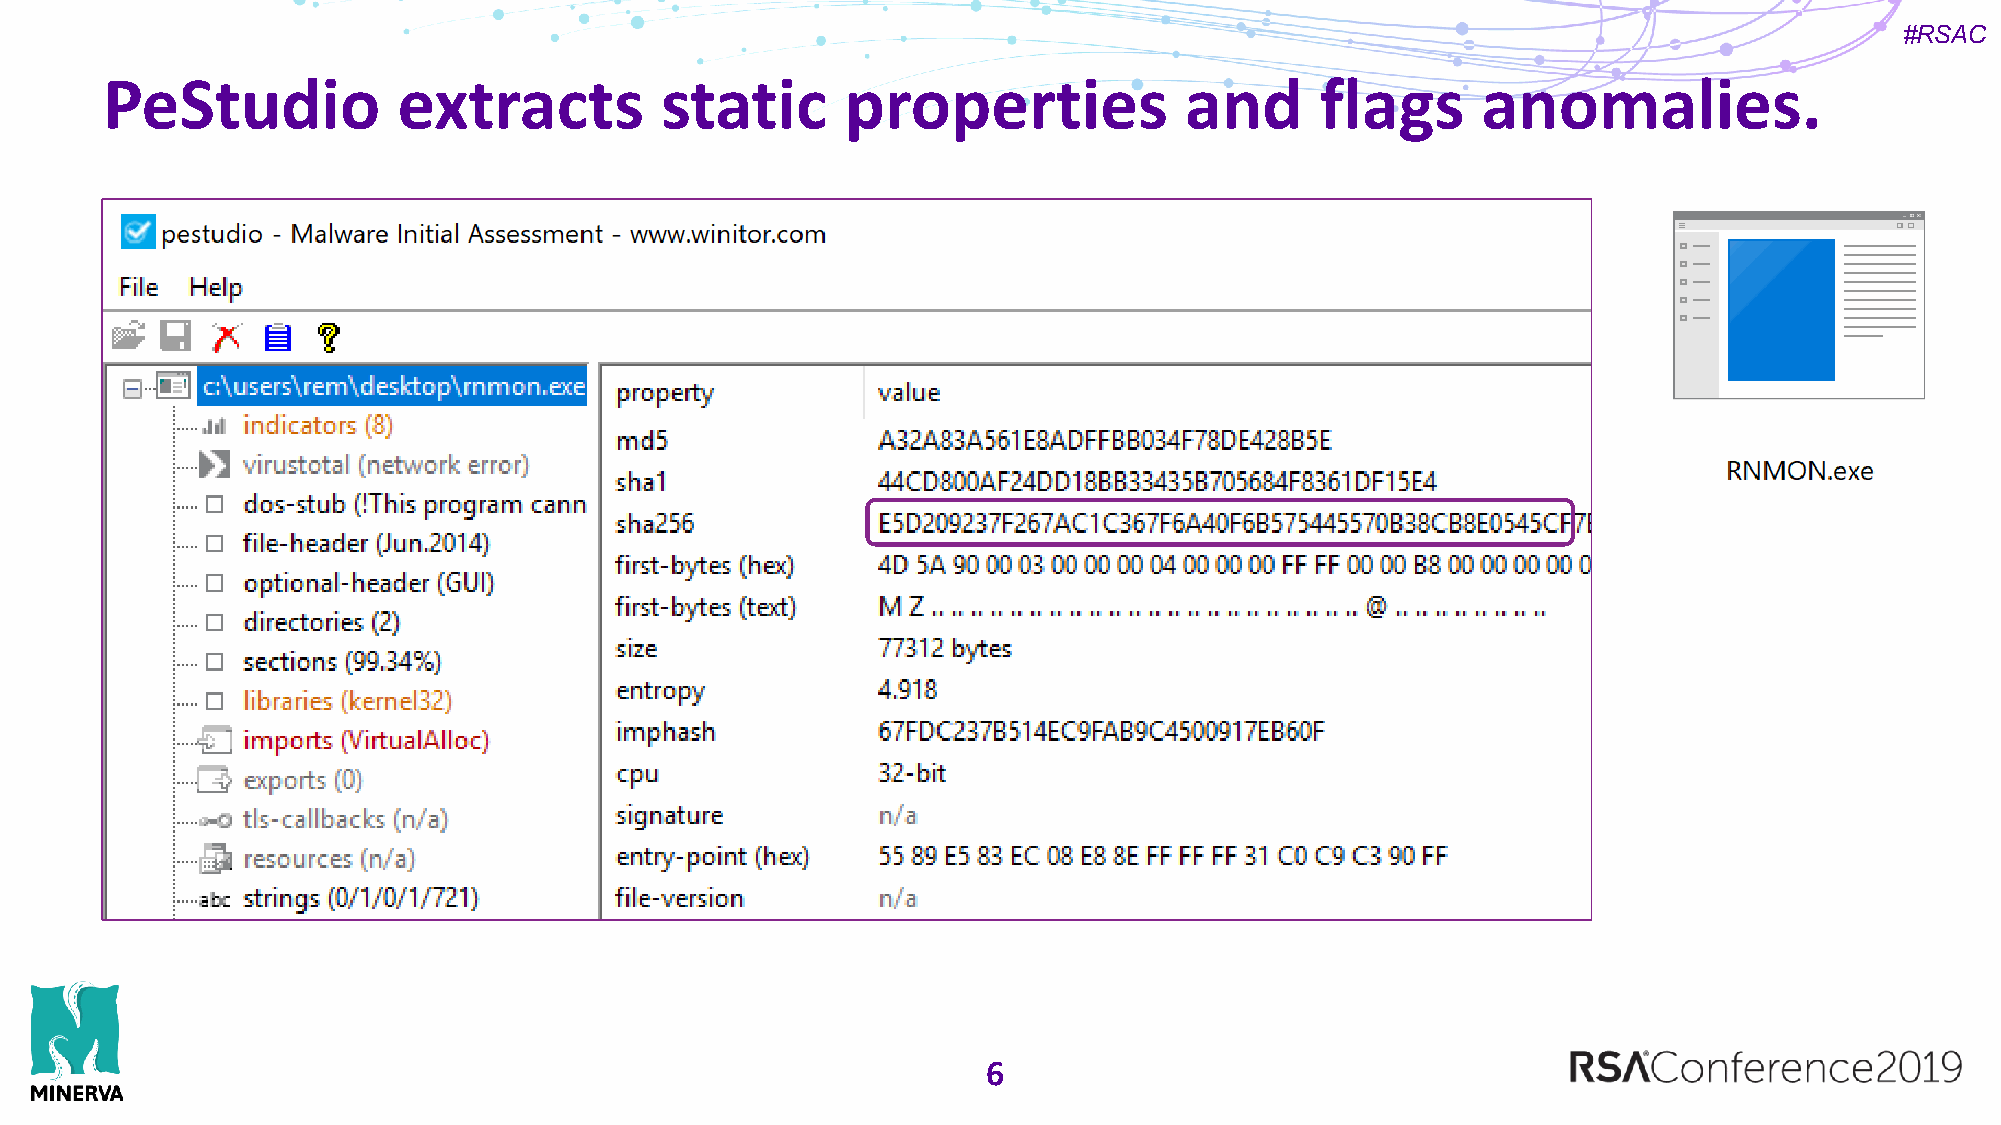
#RSAC
 PeStudio           extracts          static      properties            and      flags      anomalies.
 6